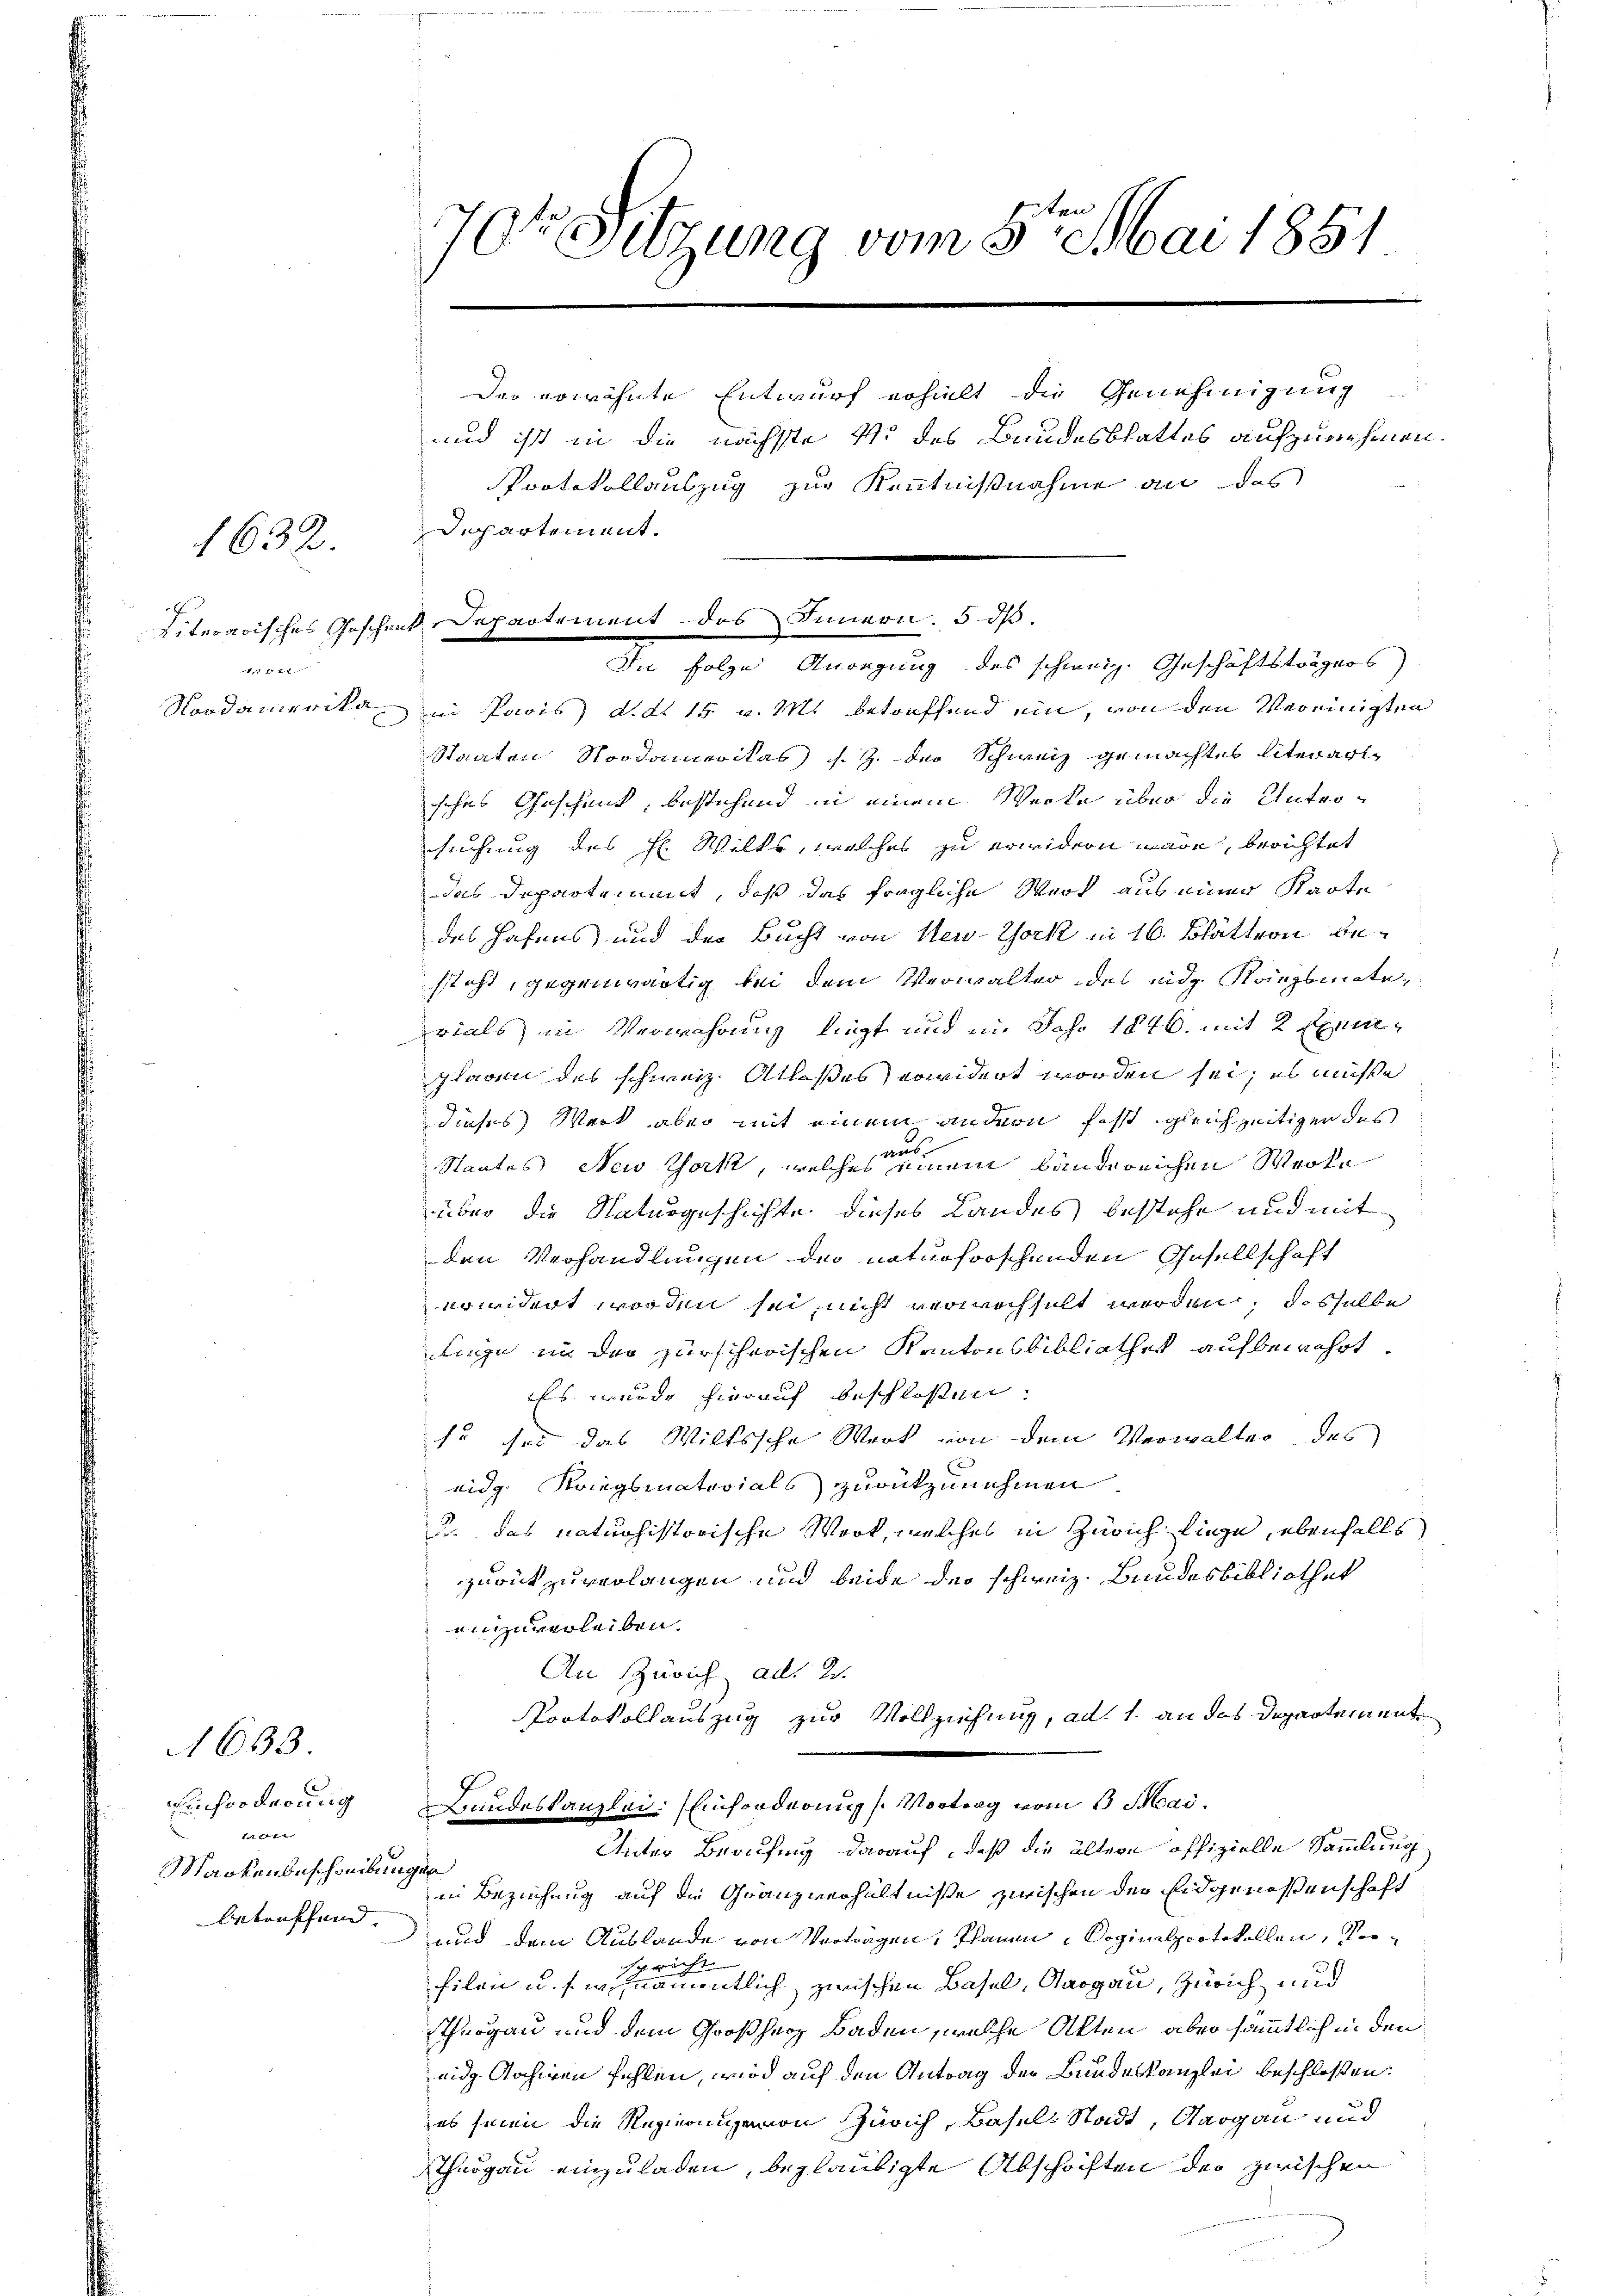
Literarisches Gesche
17 f. 1. 2.
Nordamerika

1632.

1633.
Einforderung
t
Nackenbeschreibungen
Artreffend

70te Sitzung vom 5ten Mai 1851

Departement des Innern. 5 d
In Folge Anregung des schweiz. Geschäftsträgers

Der erwähnte Entwurf erhielt die Genehmigung
und ist in die nächste 4 des Bundesblattes aufzunehmen.
Protokollauszug zur Kenntnißnahme an das
Departement.
i Paris d.d. 15. v. M. betreffend ein, von den Vereinigten
Staaten Nordamerikas s. Z. der Schweiz gemachtes literart
sches Geschenk, bestehend in einem Werke über die Unter-
suchung des H. Wilks, welches zu erwidern wäre, berichtet
das Departement, daß das fragliche Werk aus einer Karte
des Hafens, und der Bucht von New-York in 16. Blättern besteht, gegenwärtig bei dem Verwalter des eidg. Rangsmaterials, in Verwahrung liegt und im Jahr 1846. mit 2 Exemplaren des schweiz. Atlaßes erwidert worden sei; es müße
dieses Werk aber mit einem andern fest gleichzeitiger des
Staates New York, welches einem bandereichen Werke
über die Naturgeschichte dieses Landes bestehe und mit
den Verhandlungen der naturforschenden Gesellschaft
erwidert worden sei, nicht verwachselt werden, dasselbe
ligge in der zürscherischen Kantonsbibliothek aufbewahrt.
Es wurde hierauf beschlossen:
so sei das Wiltssche Werk von dem Verwalter des
eidg. Kriegsmaterials zurückzunehmen.
u. das naturhistorische Werk, welches in Zürich liege, ebenfalls
zurückzuverlangen und beide der schweiz. Bundesbibliothek
einzuverleiben.
An Zürich ad 2.
Protokollauszug zur Vollziehung, ad 1. an das Departement
Landeskanzlei: Einforderung s. Vortrag vom 1. Mai.
Unter Berufung darauf, daß die ältern offizielle Sammlung
in Beziehung auf die Granzverhältniße zwischen der Eidgenossenschaft
und dem Auslande von Verträgen, Plauen. Soginalprotokollen, vorfilan u. s. wie eine eine entlich zwischen Basel, Aargau, Zürich und
Thurgau und dem Großherz Baden, welche Akten, aber sämmtlich in den
eidg. Archiven fehlen, wird auf den Antrag der Bundeskanzlei beschloßen:
es seien die Regierung von Zürich, Basel-Stadt, Aargau und
Thurgau einzuladen, beglaubigte Abschriften der zwischen